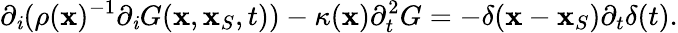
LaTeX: {\partial_{\mathit{i}}}(\rho({\mathbf{x}})^{-1}{\partial_{\mathit{i}}}G({\mathbf{x}},{\mathbf{x}}_{S},t))-\kappa({\mathbf{x}})\partial_{t}^{2}G=-\delta({\mathbf{x}}-{\mathbf{x}}_{S}){\partial_{t}}\delta(t).